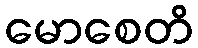
မောစေတိ